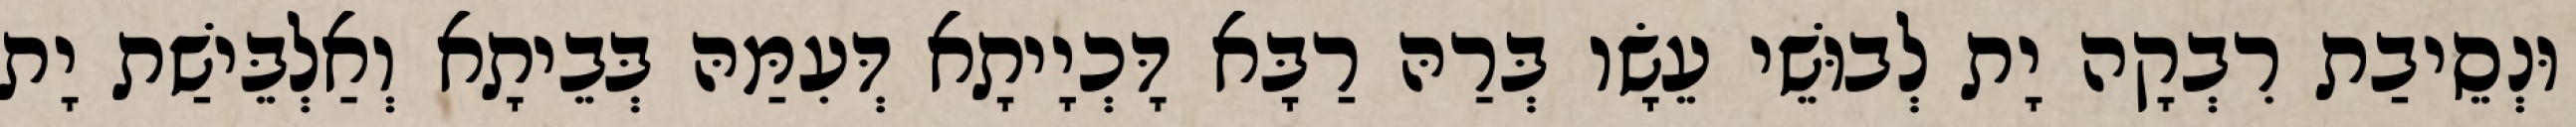
וּנְסֵיבַת רִבְקָה יָת לְבוּשֵׁי עֵשָׂו בְּרַהּ רַבָּא דָּכְיָיתָא דְּעִמַּהּ בְּבֵיתָא וְאַלְבֵּישַׁת יָת